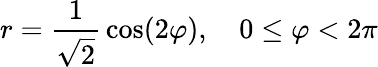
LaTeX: r={\frac{1}{\sqrt{2}}}\cos(2\varphi),\quad 0\leq\varphi<2\pi